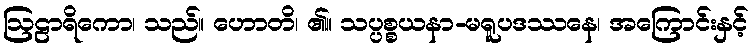
ဩဠာရိကော၊ သည်။ ဟောတိ၊ ၏။ သပ္ပစ္စယနာ-မရူပဒဿနေ၊ အကြောင်းနှင့်